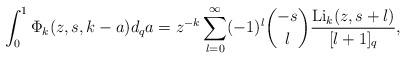
LaTeX: \begin{align*}\int_0^1 \Phi_k(z,s,k-a)d_qa=z^{-k}\sum_{l=0}^\infty(-1)^l\binom{-s}{l}\frac{{\rm Li}_{k}(z,s+l)}{[l+1]_q},\end{align*}